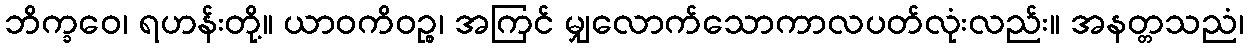
ဘိက္ခဝေ၊ ရဟန်းတို့။ ယာဝကိဝဉ္စ၊ အကြင် မျှလောက်သောကာလပတ်လုံးလည်း။ အနတ္တသညံ၊